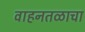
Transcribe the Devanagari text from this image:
वाहनतळाचा